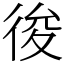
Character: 𢓭